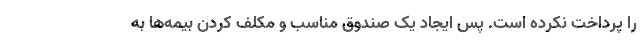
را پرداخت نکرده است. پس ایجاد یک صندوق مناسب و مکلف کردن بیمه‌ها به